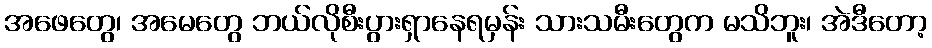
အဖေတွေ၊ အမေတွေ ဘယ်လိုစီးပွားရှာနေရမှန်း သားသမီးတွေက မသိဘူး၊ အဲဒီတော့